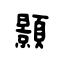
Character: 顥